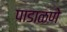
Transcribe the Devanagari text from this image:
पाडाळणे